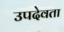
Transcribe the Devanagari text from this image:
उपदेवता